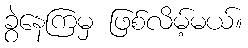
ခွဲနေကြမှ ဖြစ်လိမ့်မယ်။